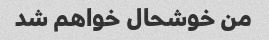
من خوشحال خواهم شد